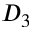
D _ { 3 }